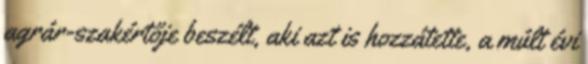
agrár-szakértője beszélt, aki azt is hozzátette, a múlt évi